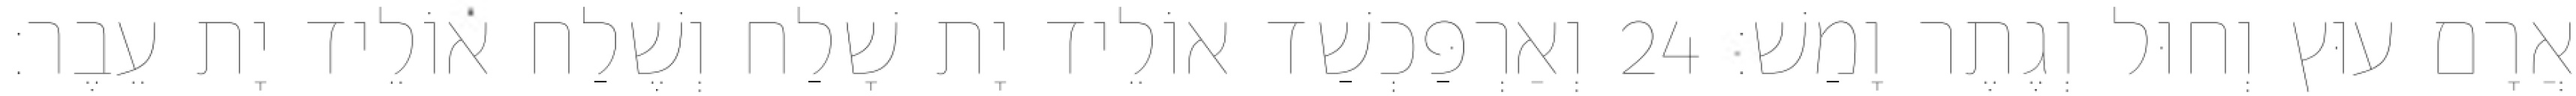
אֲרָם עוּץ וְחוּל וְגֶתֶר וָמַשׁ׃ 24 וְאַרְפַּכְשַׁד אוֹלֵיד יָת שָׁלַח וְשֶׁלַח אוֹלֵיד יָת עֵבֶר׃